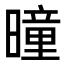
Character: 曈